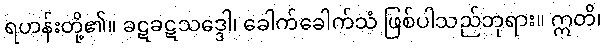
ရဟန်းတို့၏။ ခဋခဋသဒ္ဒေါ၊ ခေါက်ခေါက်သံ ဖြစ်ပါသည်ဘုရား။ ဣတိ၊